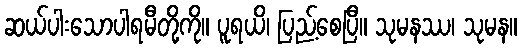
ဆယ်ပါးသောပါရမီတို့ကို။ ပူရယိ၊ ပြည့်စေပြီ။ သုမနဿ၊ သုမန။